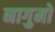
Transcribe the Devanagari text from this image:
नागुमो